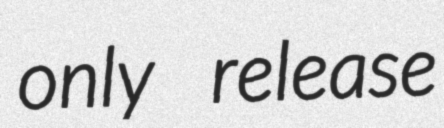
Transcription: only release